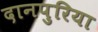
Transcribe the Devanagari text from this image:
दानपुरिया